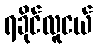
ရခိုင်လူငယ်